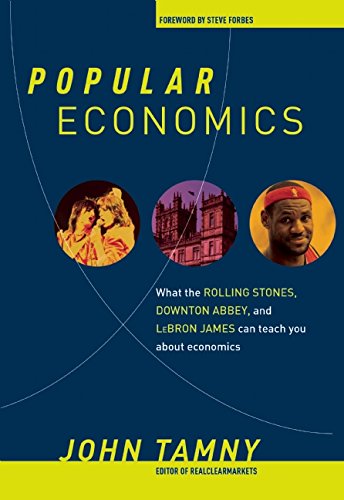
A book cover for Popular Economics: What the Rolling Stones, Downton Abbey, and LeBron James Can Teach You about Economics; John Tamny; Humor & Entertainment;